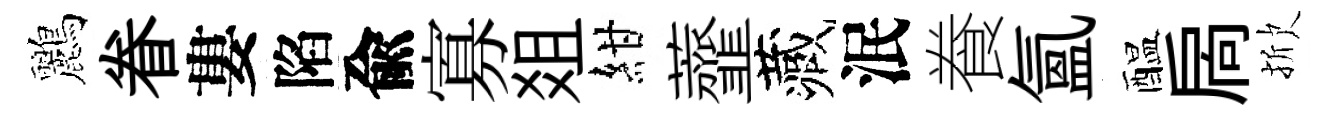
鸝眷婁陷兪寡爼紺虀藏泯飬氲醖扄掀